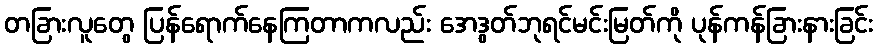
တခြားလူတွေ ပြန်ရောက်နေကြတာကလည်း အေဒွတ်ဘုရင်မင်းမြတ်ကို ပုန်ကန်ခြားနားခြင်း